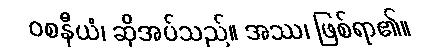
ဝစနီယံ၊ ဆိုအပ်သည်။ အဿ၊ ဖြစ်ရာ၏။